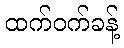
ထက်ဝက်ခန့်